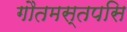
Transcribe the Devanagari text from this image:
गौतमस्तपसि